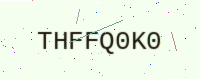
Text: THFFQ0K0